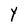
Character: Y